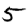
Digit: 5